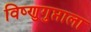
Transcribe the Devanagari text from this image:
विष्णुगुप्ताला